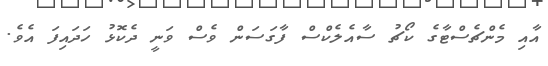
އާއި މެންޗެސްޓާގެ ކޯޗު ސާއެލެކްސް ފާގަސަން ވެސް ވަނީ ދެކޮޅު ހަދައިފަ އެވެ.